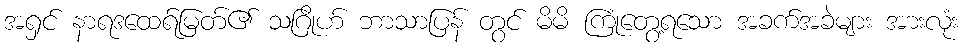
အရှင် နာရဒထေရ်မြတ်၏ သဂြိုဟ် ဘာသာပြန် တွင် မိမိ ကြုံတွေ့ရသော အခက်အခဲများ အားလုံး